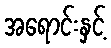
အရောင်းနှင့်